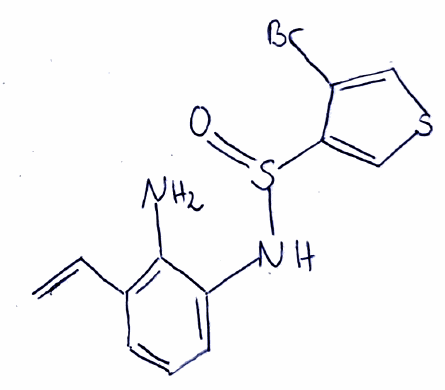
Simplified molecular-input line-entry system (SMILES) notation of the given molecule:
C=CC1=C(C(=CC=C1)NS(=O)C2=CSC=C2Br)N